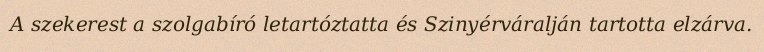
A szekerest a szolgabíró letartóztatta és Szinyérváralján tartotta elzárva.